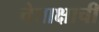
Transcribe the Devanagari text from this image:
चेताक्षाची